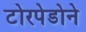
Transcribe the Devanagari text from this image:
टोरपेडोने